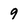
Character: 9